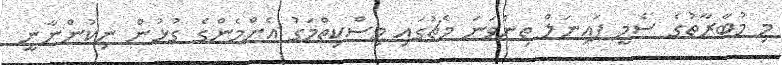
މި މުބާރާތުގެ ސެމީ ފައިނަލް ތިންވަނަ މެޗުގައި މިސްކިތްމަގު އެންމެންގެ ގުޅުން ނިކުންނާނީ